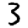
Digit: 3